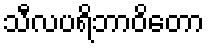
သီလပရိဘာဝိတော